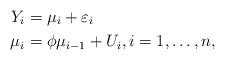
LaTeX: \begin{align*}Y_{i} &=\mu _{i}+\varepsilon _{i} \\\mu _{i} &=\phi \mu _{i-1}+U_{i}, i=1,\dots,n,\end{align*}